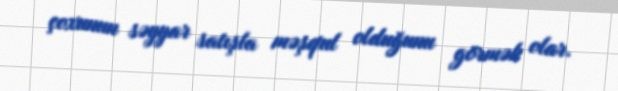
çoxunun səyyar satışla məşqul olduğunu görmək olar.